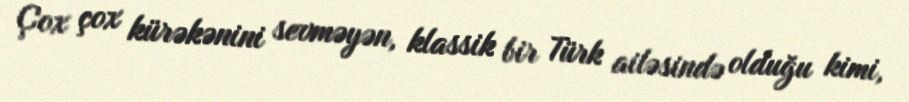
Çox çox kürəkənini sevməyən, klassik bir Türk ailəsində olduğu kimi,